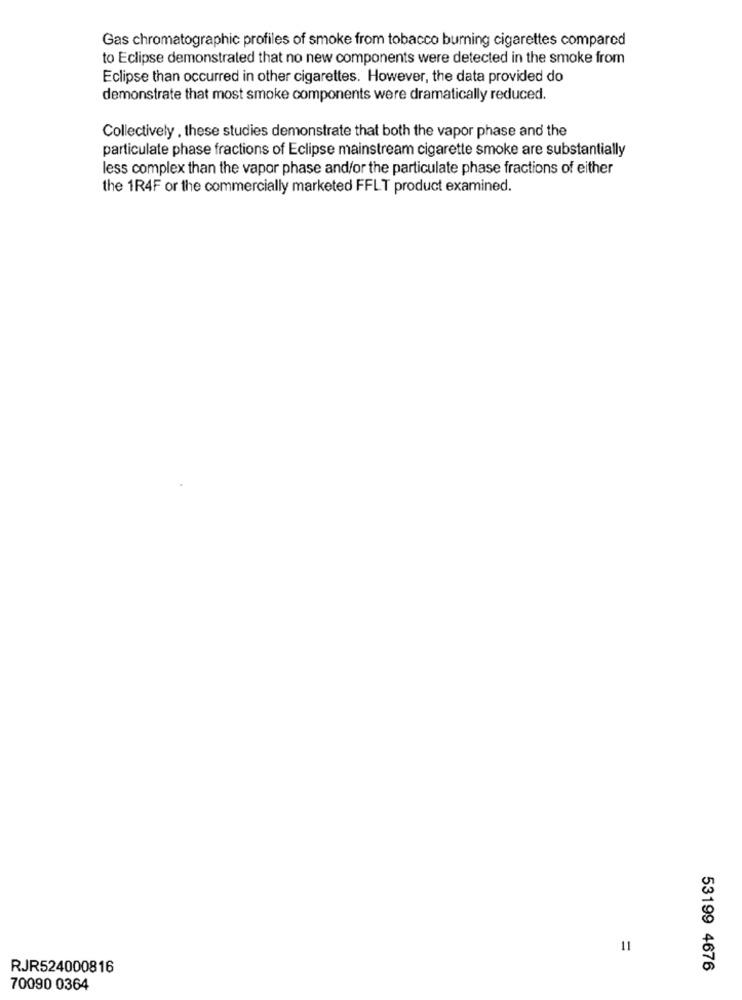
Gas chromatographic profiles of smoke from tobacco burning cigarettes compared
to Eclipse demonstrated that no new components were detected in the smoke from
Eclipse than occurred in other cigarettes. However, the data provided do
demonstrate that most smoke components were dramatically reduced.
Collectively , these studies demonstrate that both the vapor phase and the
particulate phase fractions of Eclipse mainstream cigarette smoke are substantially
less complex than the vapor phase and/or the particulate phase fractions of either
the 1R4F or the commercially marketed FFLT product examined.
11
RJR524000816
53199 4676
70090 0364